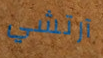
آرتشي